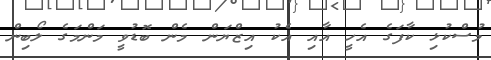
މުސްކުޅި ކާފަގެ އެހީ އާއި އެކު އިޒްޔަން މެން ބޮޑުވީ މަންމަގެ ލޯބިން